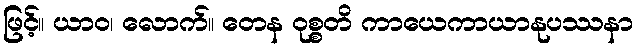
ဖြင့်။ ယာဝ၊ လောက်။ တေန ဝုစ္စတိ ကာယေကာယာနုပဿနာ